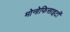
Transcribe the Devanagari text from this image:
मोनोफिसाइटों